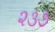
૨૩૭